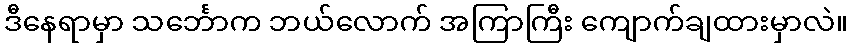
ဒီနေရာမှာ သင်္ဘောက ဘယ်လောက် အကြာကြီး ကျောက်ချထားမှာလဲ။